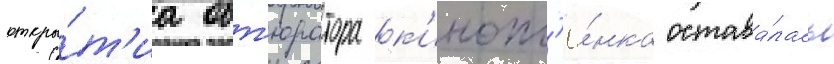
откры́т'иа обт'юратора к'инопл'ё́нка остава́лась